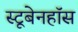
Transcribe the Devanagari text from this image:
स्टूबेनहॉस